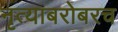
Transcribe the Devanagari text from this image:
नृत्याबरोबरच